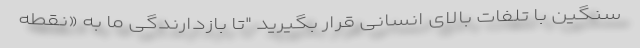
سنگین با تلفات بالای انسانی قرار بگیرید "تا بازدارندگی ما به «نقطه